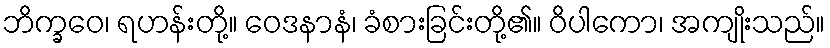
ဘိက္ခဝေ၊ ရဟန်းတို့။ ဝေဒနာနံ၊ ခံစားခြင်းတို့၏။ ဝိပါကော၊ အကျိုးသည်။